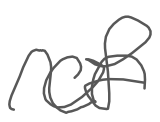
Text: of
Cross-out: wave
Writing tool: digital_gray